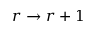
r \to r + 1